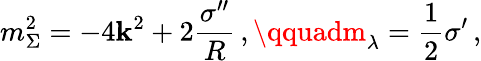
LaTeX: m_{\Sigma}^{2}=-4\mathbf{k}^{2}+2\frac{{\sigma^{\prime\prime}}}{{R}}\, ,\qquadm_{\lambda}=\frac{{1}}{{2}}\sigma^{\prime}\, ,